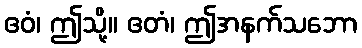
ဧဝံ၊ ဤသို့။ ဧတံ၊ ဤအနက်သဘော